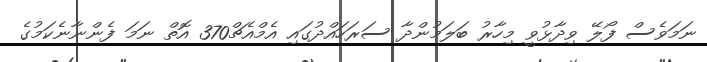
ނަމަވެސް ފޯލޭ ވިދާޅުވީ މިހާރު ބަލަމުންދާ ސަރަހައްދުގައި އެމްއެޗް370 އޮތް ނަމަ ފެންނާނެކަމުގެ